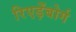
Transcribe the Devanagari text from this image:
रिएड़ेंबोर्ग